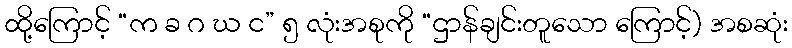
ထို့ကြောင့် “က ခ ဂ ဃ င” ၅ လုံးအစုကို “ဌာန်ချင်းတူသော ကြောင့်) အစဆုံး